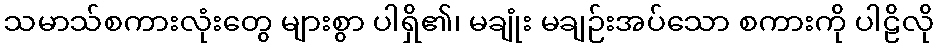
သမာသ်စကားလုံးတွေ များစွာ ပါရှိ၏၊ မချုံး မချဉ်းအပ်သော စကားကို ပါဠိလို